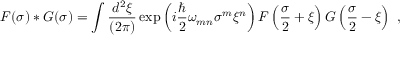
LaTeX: F ( \sigma ) \ast G ( \sigma ) = \int { \frac { d ^ { 2 } \xi } { ( 2 \pi ) } } \exp \left( i { \frac { \hbar } { 2 } } \omega _ { m n } \sigma ^ { m } \xi ^ { n } \right) F \left( { \frac { \sigma } { 2 } } + \xi \right) G \left( { \frac { \sigma } { 2 } } - \xi \right) \ ,